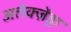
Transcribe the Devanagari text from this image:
अलेक्ज़ेंड्रा